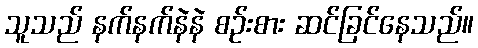
သူသည် နက်နက်နဲနဲ စဉ်းစား ဆင်ခြင်နေသည်။